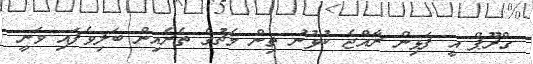
ގްރޫޕް އީ ފަޅިން ރާއްޖެ ކުޅުނު ތިން މެޗުގެ ތެރެއިން ބަލިވެފައި ވަނީ